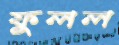
ফুলল